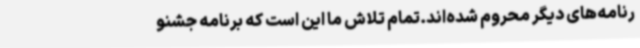
رنامه‌های دیگر محروم شده‌اند.تمام تلاش ما این است که برنامه‌ جشنو